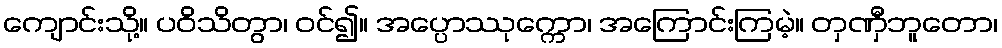
ကျောင်းသို့။ ပဝိသိတွာ၊ ဝင်၍။ အပ္ပောဿုက္ကော၊ အကြောင်းကြမဲ့။ တှဏှီဘူတော၊